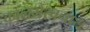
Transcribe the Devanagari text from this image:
कालभैरवनाथ